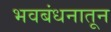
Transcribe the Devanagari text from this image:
भवबंधनातून